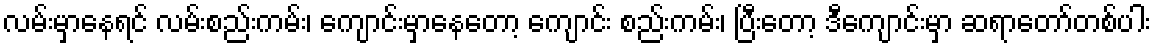
လမ်းမှာနေရင် လမ်းစည်းကမ်း၊ ကျောင်းမှာနေတော့ ကျောင်း စည်းကမ်း၊ ပြီးတော့ ဒီကျောင်းမှာ ဆရာတော်တစ်ပါး